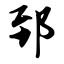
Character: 郅